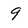
Character: 9